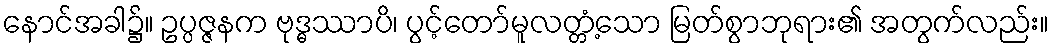
နောင်အခါ၌။ ဥပ္ပဇ္ဇနက ဗုဒ္ဓဿာပိ၊ ပွင့်တော်မူလတ္တံ့သော မြတ်စွာဘုရား၏ အတွက်လည်း။